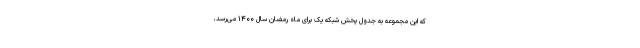
که این مجموعه به جدول پخش شبکه یک برای ماه رمضان سال ۱۴۰۰ می‌رسد،